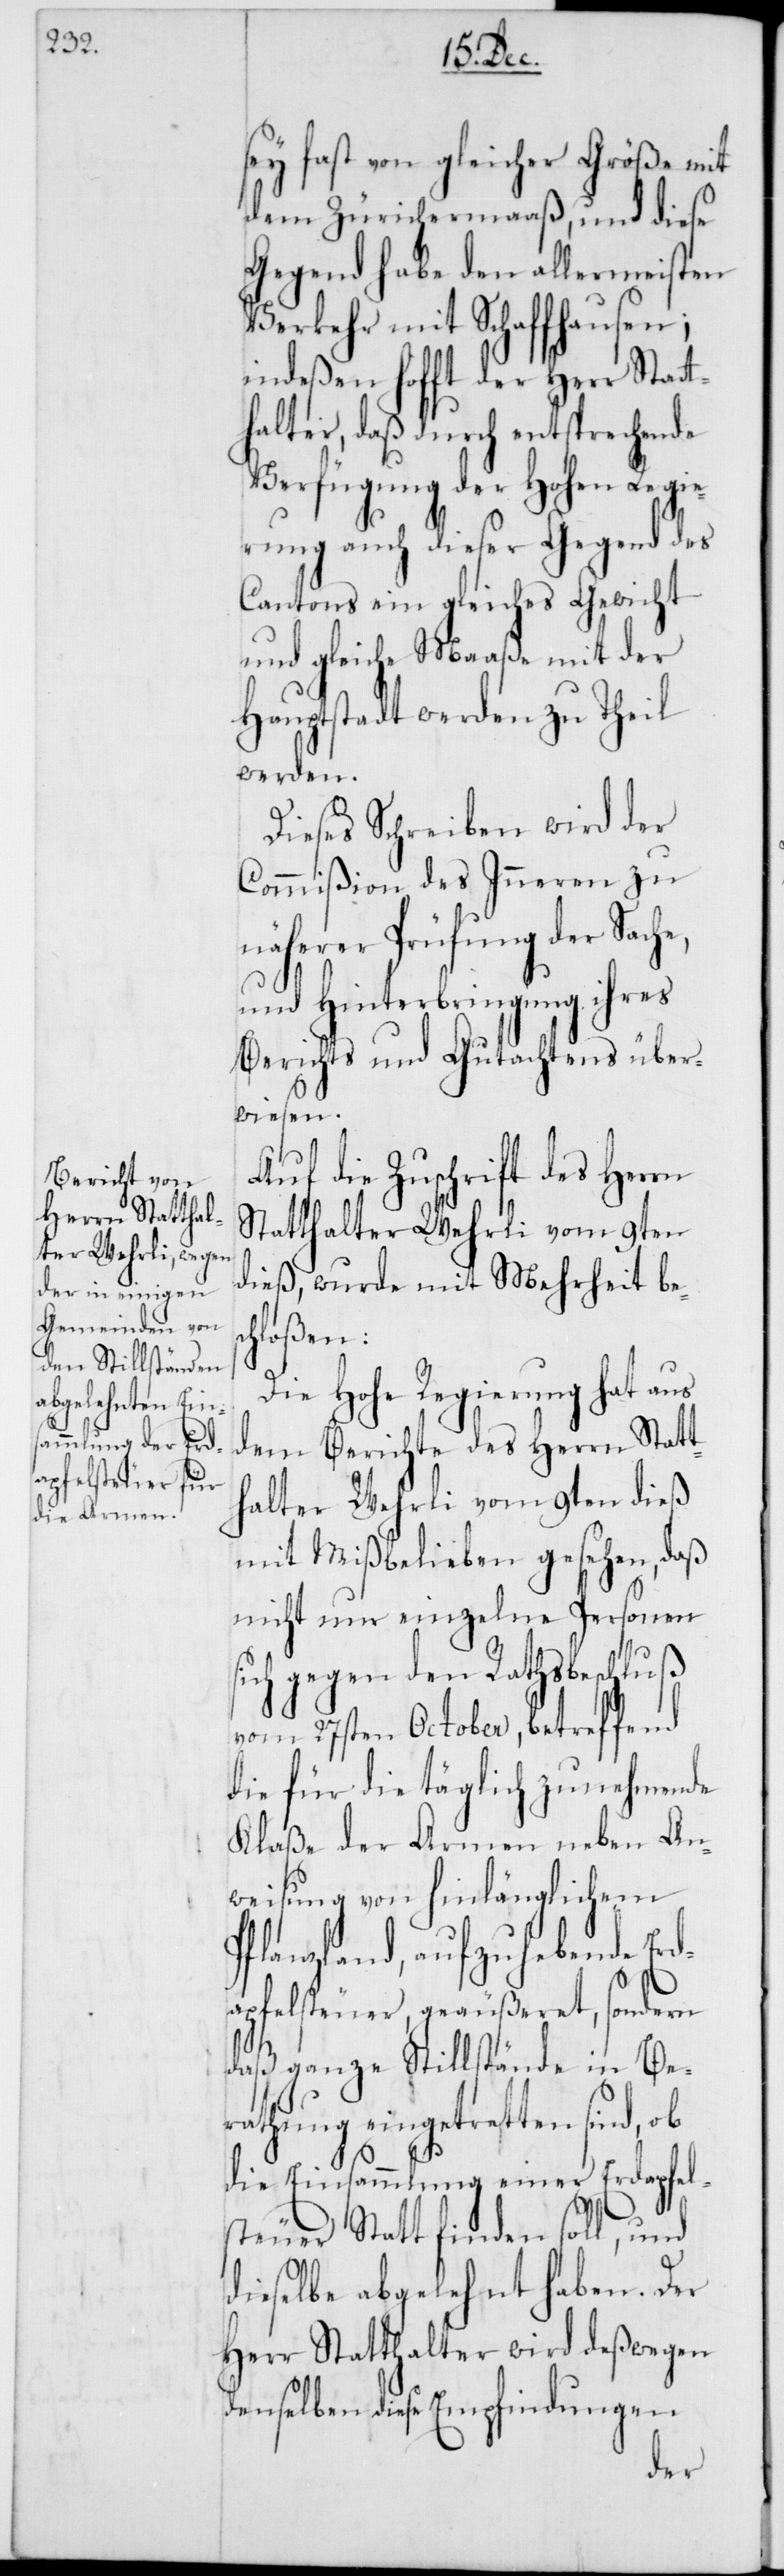
sc¬
sey fast von gleicher Größe mit
dem Zürichermaaß, und diese
Gegend habe den allermeisten
Verkehr mit Schaffhausen;
indeßen hofft der Herr Statt¬
halter, daß durch entsprechende
Verfügung der Hohen Regi¬
erung auch dieser Gegend des
Cantons ein gleiches Gewicht
und gleiche Maaße mit der
Hauptstadt werden zu Theil
werden.
Dieses Schreiben wird der
Commißion des Inneren zu
näherer Prüfung der Sach¬
und Hinterbringung ihres
Berichts und Gutachtens über¬
wiesen.
Auf die Zuschrift des Herrn
Statthalter Wehrli vom 9ten
dieß, wurde mit Mehrheit be¬
hloßen:
Die Hohe Regierung hat aus
dem Berichte des Herrn Statt¬
halter Wehrli vom 9ten dieß
mit Mißbelieben gesehen, daß
nicht nur einzelne Personen
sich gegen den Rathsbeschluß
vom 27sten October, betreffend
die für die täglich zunehmende
Klaße der Armen neben An¬
weisung von hinlänglichem
Pflanzland, aufzuhebende Erd¬
apfelsteuer, geäußeret, sondern
daß ganze Stillstände in Be¬
rathung eingetretten sind, ob
die Einsammlung einer Erdapfel¬
steuer Statt finden soll, und
dieselbe abgelehnt haben. Der
Herr Statthalter wird deßwegen
denselben diese Empfindungen
e,